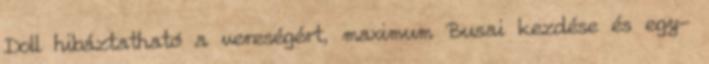
Doll hibáztatható a vereségért, maximum Busai kezdése és egy-